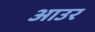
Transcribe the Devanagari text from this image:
आउर